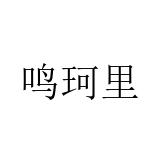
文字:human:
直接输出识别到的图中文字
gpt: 鸣珂里